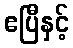
ဧပြီနှင့်